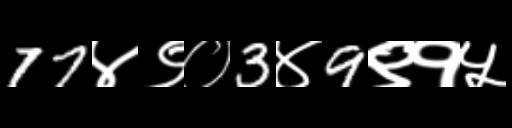
Text: 77४९०3४9९१५